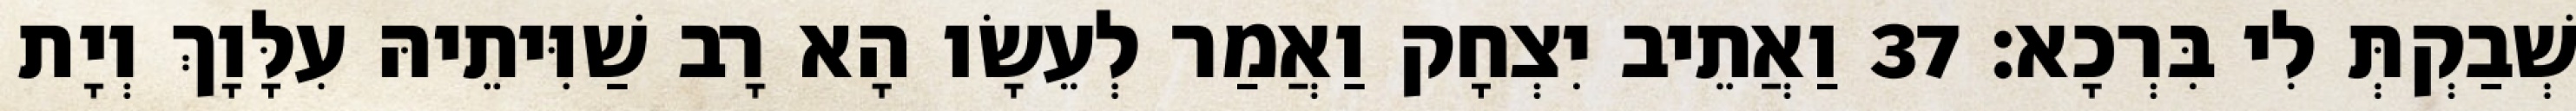
שְׁבַקְתְּ לִי בִּרְכָא׃ 37 וַאֲתֵיב יִצְחָק וַאֲמַר לְעֵשָׂו הָא רָב שַׁוִּיתֵיהּ עִלָּוָךְ וְיָת